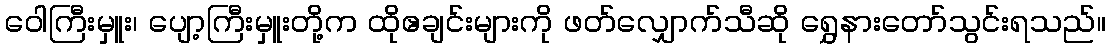
ဝေါကြီးမှူး၊ ပျော့ကြီးမှူးတို့က ထိုဧချင်းများကို ဖတ်လျှောက်သီဆို ရွှေနားတော်သွင်းရသည်။